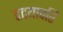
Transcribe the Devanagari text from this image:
हृदयावरि